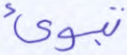
تبوئ